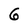
Character: 6